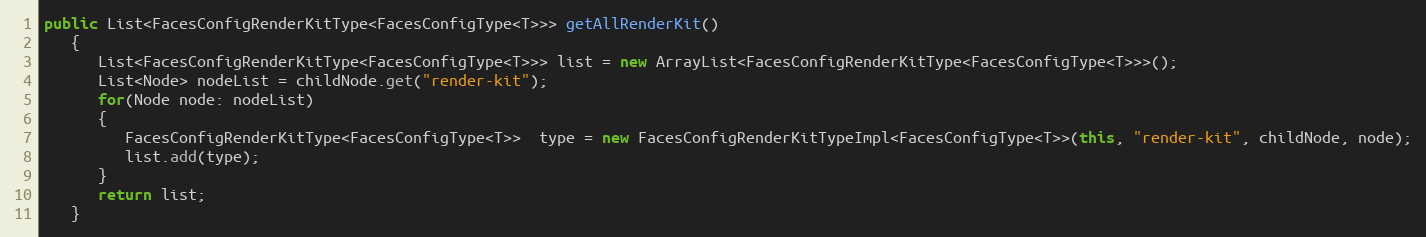
Language: Java
public List<FacesConfigRenderKitType<FacesConfigType<T>>> getAllRenderKit()
   {
      List<FacesConfigRenderKitType<FacesConfigType<T>>> list = new ArrayList<FacesConfigRenderKitType<FacesConfigType<T>>>();
      List<Node> nodeList = childNode.get("render-kit");
      for(Node node: nodeList)
      {
         FacesConfigRenderKitType<FacesConfigType<T>>  type = new FacesConfigRenderKitTypeImpl<FacesConfigType<T>>(this, "render-kit", childNode, node);
         list.add(type);
      }
      return list;
   }